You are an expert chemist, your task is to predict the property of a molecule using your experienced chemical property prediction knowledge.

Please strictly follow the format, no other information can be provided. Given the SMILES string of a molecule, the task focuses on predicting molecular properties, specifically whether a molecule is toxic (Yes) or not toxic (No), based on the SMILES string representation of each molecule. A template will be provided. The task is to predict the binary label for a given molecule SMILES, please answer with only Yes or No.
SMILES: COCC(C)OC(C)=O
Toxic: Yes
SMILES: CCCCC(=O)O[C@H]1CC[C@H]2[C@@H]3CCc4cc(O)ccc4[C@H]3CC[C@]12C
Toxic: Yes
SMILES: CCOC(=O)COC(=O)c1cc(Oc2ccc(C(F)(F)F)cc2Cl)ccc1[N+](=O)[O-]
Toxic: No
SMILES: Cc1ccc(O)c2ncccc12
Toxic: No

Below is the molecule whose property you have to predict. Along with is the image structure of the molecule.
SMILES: CCCN1CCC[C@@H](c2cccc(O)c2)C1
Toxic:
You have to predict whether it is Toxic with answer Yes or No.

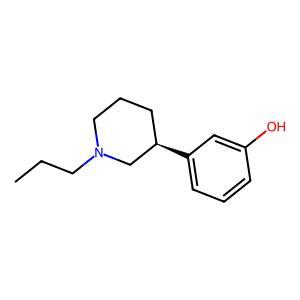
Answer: No